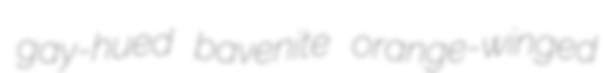
gay-hued bavenite orange-winged